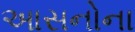
આસનોના